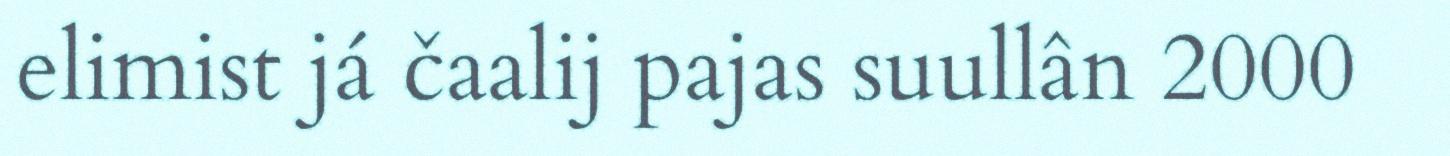
elimist já čaalij pajas suullân 2000